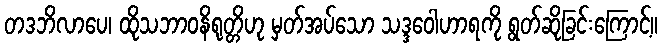
တဒဘိလာပေ၊ ထိုသဘာဝနိရုတ္တိဟု မှတ်အပ်သော သဒ္ဒဝေါဟာရကို ရွတ်ဆိုခြင်းကြောင့်။